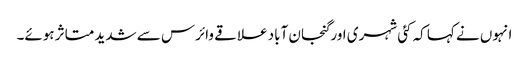
انہوں نے کہا کہ کئی شہری اور گنجان آباد علاقے وائرس سے شدید متاثر ہوئے۔